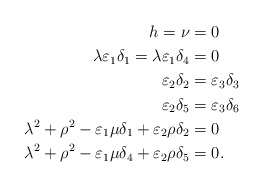
\begin{align*}h=\nu&=0\\\lambda\varepsilon_1\delta_1=\lambda\varepsilon_1\delta_4&=0\\\varepsilon_2\delta_2&=\varepsilon_3\delta_3\\\varepsilon_2\delta_5&=\varepsilon_3\delta_6\\\lambda^2+\rho^2-\varepsilon_1\mu\delta_1+\varepsilon_2\rho\delta_2&=0\\\lambda^2+\rho^2-\varepsilon_1\mu\delta_4+\varepsilon_2\rho\delta_5&=0.\end{align*}